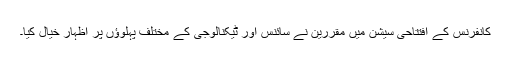
کانفرنس کے افتتاحی سیشن میں مقررین نے سائنس اور ٹیکنالوجی کے مختلف پہلوؤں پر اظہار خیال کیا۔